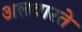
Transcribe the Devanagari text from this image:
अलवारते